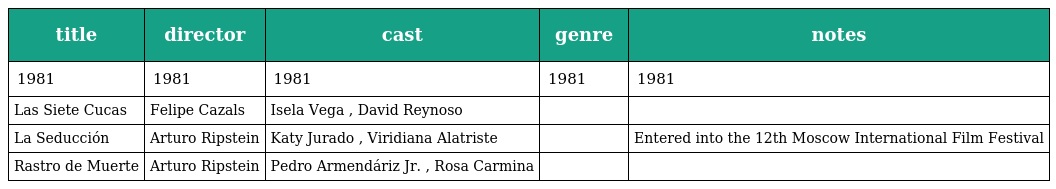
| title | director | cast | genre | notes |
 | --- | --- | --- | --- | --- |
 | 1981 | 1981 | 1981 | 1981 | 1981 |
 | Las Siete Cucas | Felipe Cazals | Isela Vega , David Reynoso |  |  |
 | La Seducción | Arturo Ripstein | Katy Jurado , Viridiana Alatriste |  | Entered into the 12th Moscow International Film Festival |
 | Rastro de Muerte | Arturo Ripstein | Pedro Armendáriz Jr. , Rosa Carmina |  |  |